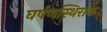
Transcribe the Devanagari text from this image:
घर्षणस्थिरांक